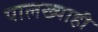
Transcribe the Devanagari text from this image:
पालख्याही